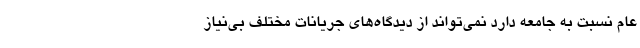
عام نسبت به جامعه دارد نمی‌تواند از دیدگاه‌های جریانات مختلف بی‌نیاز